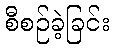
စီစဉ်ခဲ့ခြင်း